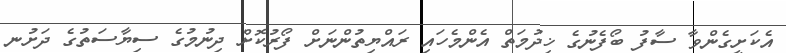
އެކަށީގެންވާ ސާފު ބޯފެނުގެ ޚިދުމަތް އެންމެހައި ރައްޔިތުންނަށް ފޯރުކޮށް ދިނުމުގެ ސިޔާސަތުގެ ދަށުނ